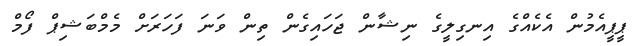
ޕީޕީއެމުން އެކެއްގެ އިނގިލީގެ ނިޝާން ޖަހައިގެން ތިން ވަނަ ފަހަރަށް މެމްބަޝިޕް ފޯމް